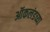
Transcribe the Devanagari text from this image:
ऑकलंडच्या